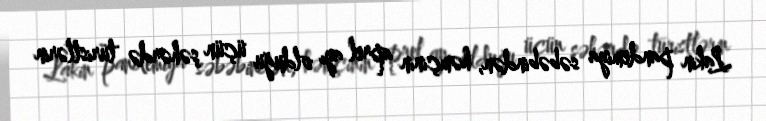
Lakin pandemiya səbəbindən, həmçinin aprel ayı olduğu üçün şəhərdə turistlərin